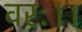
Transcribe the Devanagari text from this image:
वरः।।